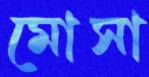
মোসা